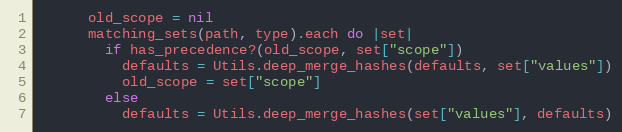
Language: Ruby
      old_scope = nil
      matching_sets(path, type).each do |set|
        if has_precedence?(old_scope, set["scope"])
          defaults = Utils.deep_merge_hashes(defaults, set["values"])
          old_scope = set["scope"]
        else
          defaults = Utils.deep_merge_hashes(set["values"], defaults)